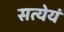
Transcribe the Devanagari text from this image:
सत्येयं